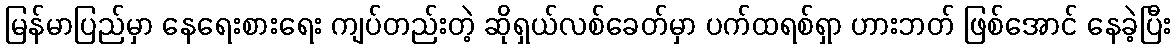
မြန်မာပြည်မှာ နေရေးစားရေး ကျပ်တည်းတဲ့ ဆိုရှယ်လစ်ခေတ်မှာ ပက်ထရစ်ရှာ ဟားဘတ် ဖြစ်အောင် နေခဲ့ပြီး